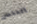
العنصر